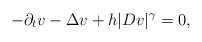
LaTeX: \begin{align*}-\partial_t v - \Delta v + h |Dv|^\gamma = 0 ,\end{align*}